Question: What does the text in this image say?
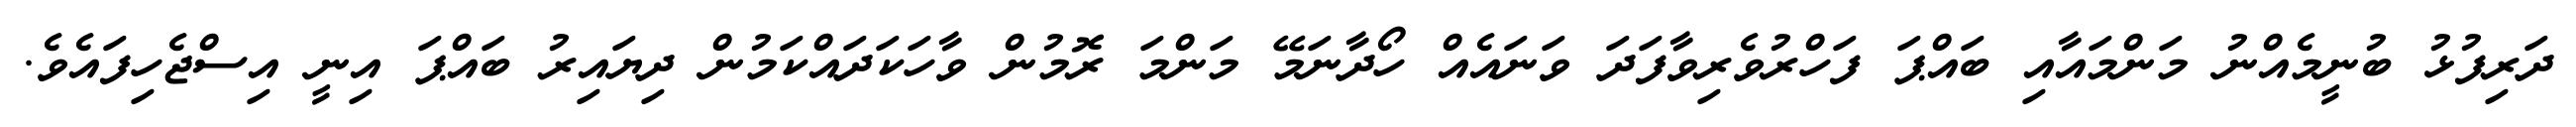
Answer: ދަރިފުޅު ބުނީމެއްނު މަންމައާއި ބައްޕަ ފަހްރުވެރިވާފަދަ ވަނައެއް ހޯދާނަމޭ މަންމަ ރޮމުން ވާހަކަދައްކަމުން ދިޔައިރު ބައްޕަ އިނީ އިސްޖެހިފައެވެ.